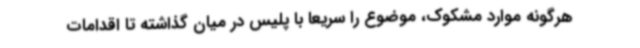
هرگونه موارد مشکوک، موضوع را سریعا با پلیس در میان گذاشته تا اقدامات